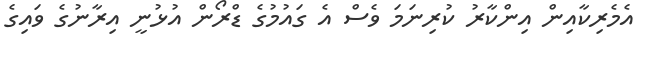
އެމެރިކާއިން އިންކާރު ކުރިނަމަ ވެސް އެ ގައުމުގެ ޑްރޯން އުޅުނީ އިރާނުގެ ވައިގެ